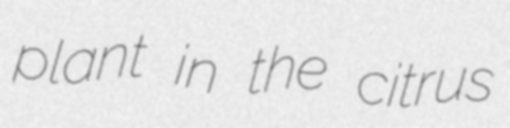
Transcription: plant in the citrus